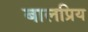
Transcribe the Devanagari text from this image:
बालप्रिय